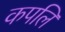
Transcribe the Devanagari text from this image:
कपलि